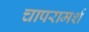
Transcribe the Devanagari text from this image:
चापरामर्श